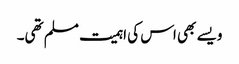
ویسے بھی اس کی اہمیت مسلم تھی۔